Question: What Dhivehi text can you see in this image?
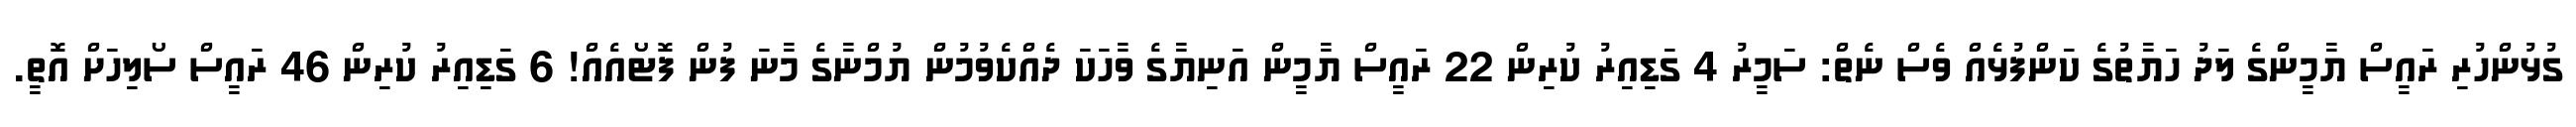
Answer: ގުޅުންހުރި ރައީސް ޔާމީންގެ ލަދު ހަޔާތުގެ ކަންފުޅެއް ވެސް ނެތް: ސަމީރު 4 ގަޑިއިރު ކުރިން 22 ރައީސް ޔާމީން އަނިޔާގެ ވާހަކަ ދެއްކެވުމުން ޔުމްނާގެ މާނަ ފުން ފޮޓޯއެއް! 6 ގަޑިއިރު ކުރިން 46 ރައީސް ސޯލިހަށް އޮތީ.